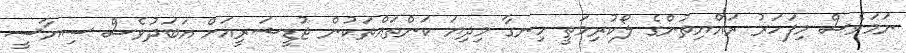
ނަމަވެސް މިފަހަރު ރައްޔިތުންގެ ލޯކުރިމަތީ ހިނގާ މިދިޔަ ކަންތައްތަކުން ޖުޑީޝަރީއަށް އަބަދުވެސް ސިޔާސީ